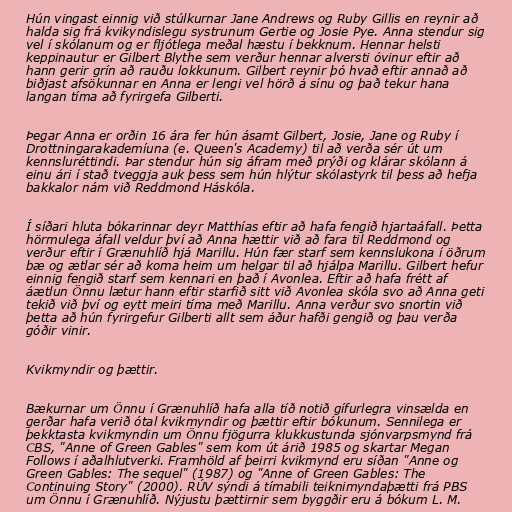
Hún vingast einnig við stúlkurnar Jane Andrews og Ruby Gillis en reynir að
halda sig frá kvikyndislegu systrunum Gertie og Josie Pye. Anna stendur sig
vel í skólanum og er fljótlega meðal hæstu í bekknum. Hennar helsti
keppinautur er Gilbert Blythe sem verður hennar alversti óvinur eftir að
hann gerir grín að rauðu lokkunum. Gilbert reynir þó hvað eftir annað að
biðjast afsökunnar en Anna er lengi vel hörð á sínu og það tekur hana
langan tíma að fyrirgefa Gilberti.

Þegar Anna er orðin 16 ára fer hún ásamt Gilbert, Josie, Jane og Ruby í
Drottningarakademíuna (e. Queen's Academy) til að verða sér út um
kennsluréttindi. Þar stendur hún sig áfram með prýði og klárar skólann á
einu ári í stað tveggja auk þess sem hún hlýtur skólastyrk til þess að hefja
bakkalor nám við Reddmond Háskóla.

Í síðari hluta bókarinnar deyr Matthías eftir að hafa fengið hjartaáfall. Þetta
hörmulega áfall veldur því að Anna hættir við að fara til Reddmond og
verður eftir í Grænuhlíð hjá Marillu. Hún fær starf sem kennslukona í öðrum
bæ og ætlar sér að koma heim um helgar til að hjálpa Marillu. Gilbert hefur
einnig fengið starf sem kennari en það í Avonlea. Eftir að hafa frétt af
áætlun Önnu lætur hann eftir starfið sitt við Avonlea skóla svo að Anna geti
tekið við því og eytt meiri tíma með Marillu. Anna verður svo snortin við
þetta að hún fyrirgefur Gilberti allt sem áður hafði gengið og þau verða
góðir vinir.

Kvikmyndir og þættir.

Bækurnar um Önnu í Grænuhlíð hafa alla tíð notið gífurlegra vinsælda en
gerðar hafa verið ótal kvikmyndir og þættir eftir bókunum. Sennilega er
þekktasta kvikmyndin um Önnu fjögurra klukkustunda sjónvarpsmynd frá
CBS, "Anne of Green Gables" sem kom út árið 1985 og skartar Megan
Follows í aðalhlutverki. Framhöld af þeirri kvikmynd eru síðan "Anne og
Green Gables: The sequel" (1987) og "Anne of Green Gables: The
Continuing Story" (2000). RÚV sýndi á tímabili teiknimyndaþætti frá PBS
um Önnu í Grænuhlíð. Nýjustu þættirnir sem byggðir eru á bókum L. M.